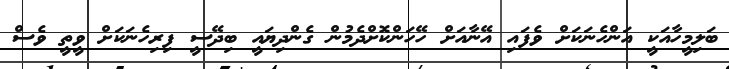
ބަލިމީހާއަކީ އަންހެނަކަށް ވެފައި އޭނާއަށް ހޭހަންކޮށްދެމުން ގެންދިޔައީ ބިދޭސީ ފިރިހެނަކަށް ވީތީ ވެސް